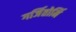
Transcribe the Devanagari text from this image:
गर्जितोर्मि